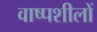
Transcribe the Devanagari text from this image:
वाष्पशीलों